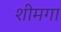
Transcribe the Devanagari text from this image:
शीमगा